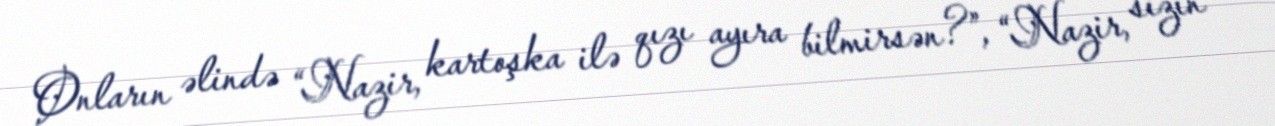
Onların əlində “Nazir, kartoşka ilə qızı ayıra bilmirsən?”, “Nazir, sizin